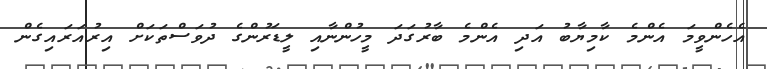
އެހެންވީމަ އެންމެ ކާމިޔާބު އަދި އެންމެ ބާރުގަދަ މީހުންނާއި ލީޑަރުންގެ ދުވަސްތަކަށް އިރުއަރައިގެން